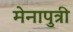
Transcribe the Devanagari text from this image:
मेनापुत्री